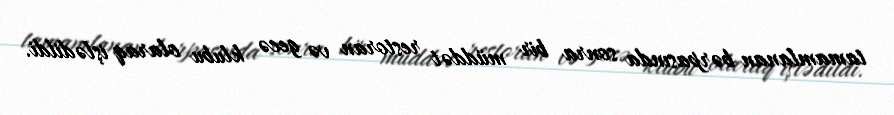
tamamlanan bərpasında sonra bir müddət restoran və gecə klubu olaraq işlədildi.